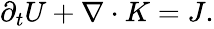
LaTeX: \begin{array}{r}{\partial_{t}U+\nabla\cdot K=J.}\end{array}